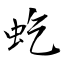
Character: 虼